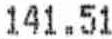
141.51